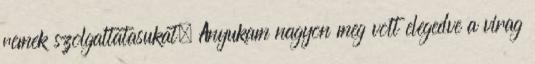
remek szolgaltatasukat. Anyukam nagyon meg volt elegedve a virag